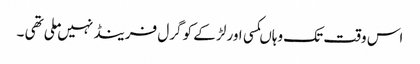
اس وقت تک وہاںکسی اور لڑ کے کو گرل فرینڈ نہیں ملی تھی ۔